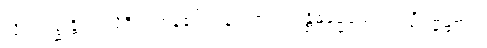
သို့။ ဣစ္ဆန္တိ၊ အလိုရှိကြကုန်၏။ ပန၊ ကား။ တန္တိဓမ္မေယေဝ၊ ပါဠိဓမ္မ၌သာ။